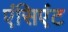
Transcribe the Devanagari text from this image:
एंसिएंट